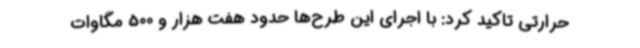
حرارتی تاکید کرد:‌ با اجرای این طرح‌ها حدود هفت هزار و 500 مگاوات